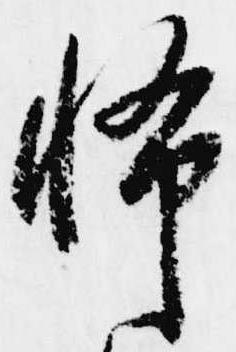
怖